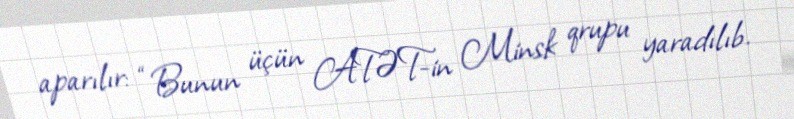
aparılır: “Bunun üçün ATƏT-in Minsk qrupu yaradılıb.